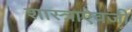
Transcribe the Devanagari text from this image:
शास्त्राऐवजी